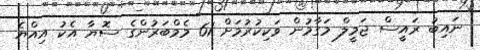
ނައިބު ރައީސް ޖަމީލް މަގާމުން ވަކިކުރުމަށް 61 މެމްބަރުންގެ ސޮޔާ އެކު އިއްޔެ